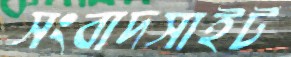
সংবাদসাইট